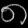
Digit: ၈